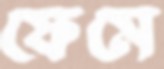
ফেমে